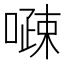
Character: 𠽔